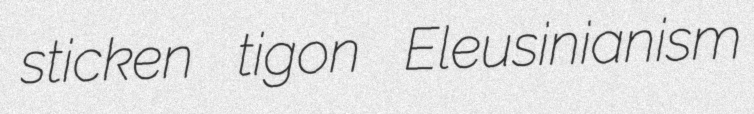
sticken tigon Eleusinianism